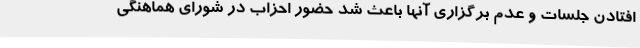
افتادن جلسات و عدم برگزاری آنها باعث شد حضور احزاب در شورای هماهنگی